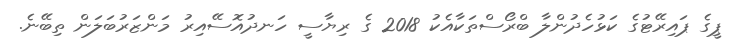
ޕީގެ ޕައިރޭޓުގެ ކަޅުހެދުންލާ ބްރޯސްތަކާއެކު 2018 ގެ ރިޔާސީ ހަނދުއޮސޭއިރު މަންޒަރުބަލަން ތިބޭނެ.